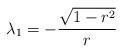
LaTeX: \begin{align*}\lambda_1 = -\frac{\sqrt{1-r^2}}{r}\end{align*}